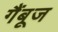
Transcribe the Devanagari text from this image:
गैंबूज